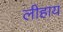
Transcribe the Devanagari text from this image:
लीहाय